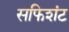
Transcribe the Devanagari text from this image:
सफिशंट